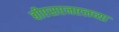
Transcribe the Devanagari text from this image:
बीएसएनएलच्या